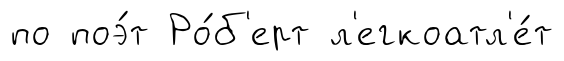
по поэ́т Ро́б'ерт л'егкоатл'е́т